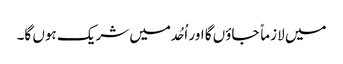
میں لازماً جاؤں گا اور اُحُد میں شریک ہوں گا۔